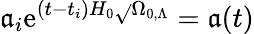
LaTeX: \mathfrak{a}_{i}\mathrm{{e}}^{(t-t_{i})H_{0}{\sqrt{}{{\Omega_{0,\Lambda}}}}}=\mathfrak{a}(t)